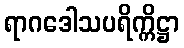
ရာဂဒေါသပရိက္ကိဋ္ဌာ